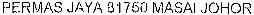
PERMAS JAYA 81750 MASAI JOHOR